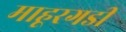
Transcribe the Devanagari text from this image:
माहूरगडी